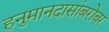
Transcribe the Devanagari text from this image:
हनुमानदासांबरोबर